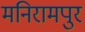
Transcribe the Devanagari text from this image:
मनिरामपुर